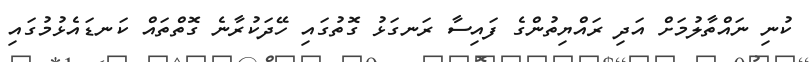
ކުނި ނައްތާލުމަށް އަދި ރައްޔިތުންގެ ފައިސާ ރަނގަޅު ގޮތުގައި ހޭދަކުރާނެ ގޮތްތައް ކަނޑައެޅުމުގައި